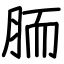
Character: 胹